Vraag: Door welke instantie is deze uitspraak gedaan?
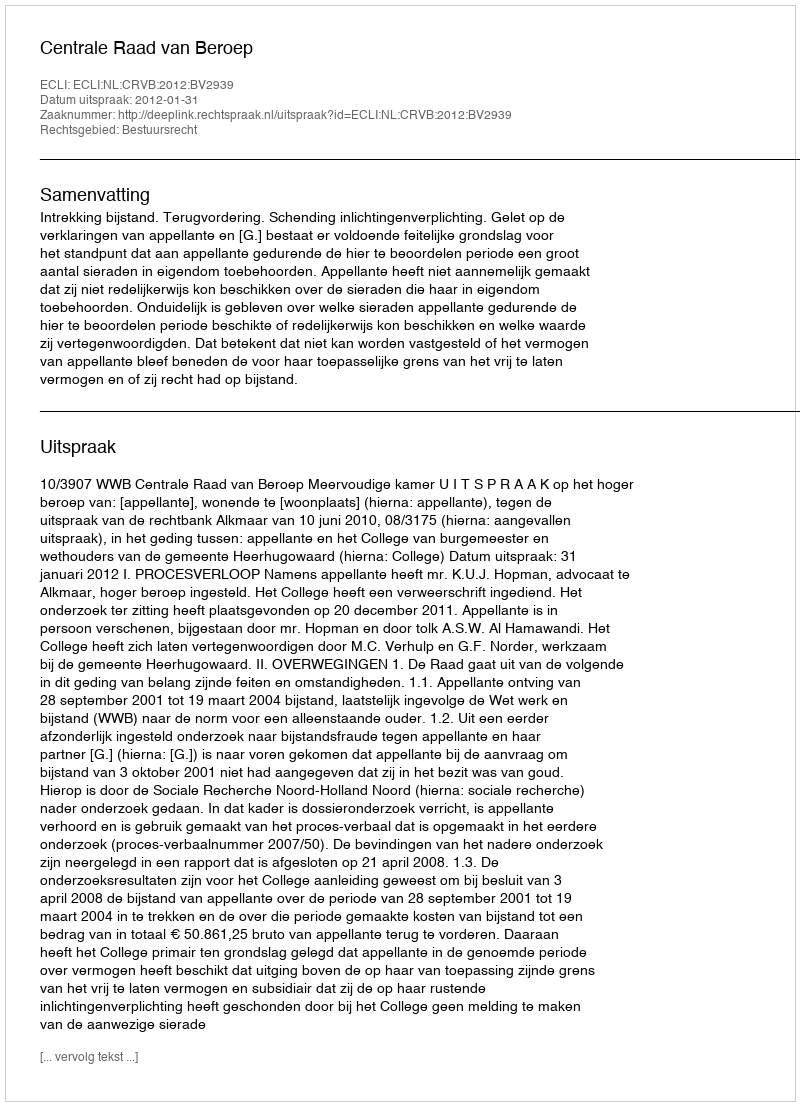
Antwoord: Centrale Raad van Beroep